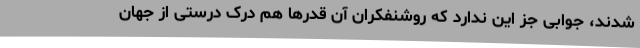
شدند، جوابی جز این ندارد که روشنفکران آن قدرها هم درک درستی از جهان